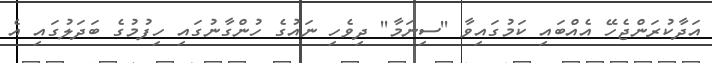
އަދާކުރަންޖެހޭ އެއްބައި ކަމުގައިވާ ''ސިނަމާ'' ދިވެހި ނައުގެ ހުންގާނުގައި ހިފުމުގެ ބަދަލުގައި އެ